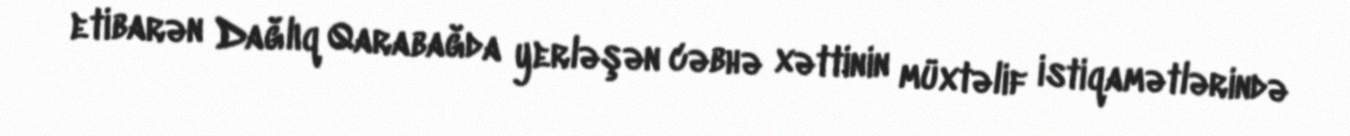
etibarən Dağlıq Qarabağda yerləşən cəbhə xəttinin müxtəlif istiqamətlərində